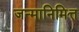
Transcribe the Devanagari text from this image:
जन्मानिमित्त